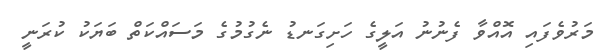
މަރުވެފައި އޮއްވާ ފެނުނު އަލީގެ ހަށިގަނޑު ނެގުމުގެ މަސައްކަތް ބަޔަކު ކުރަނީ